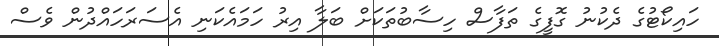
ހައިކޯޓުގެ ދެކުުނު ގޮފީގެ ތަފާސް ހިސާބުތަކަށް ބަލާ އިރު ހަމައެކަނި އެސަރަހައްދުން ވެސް